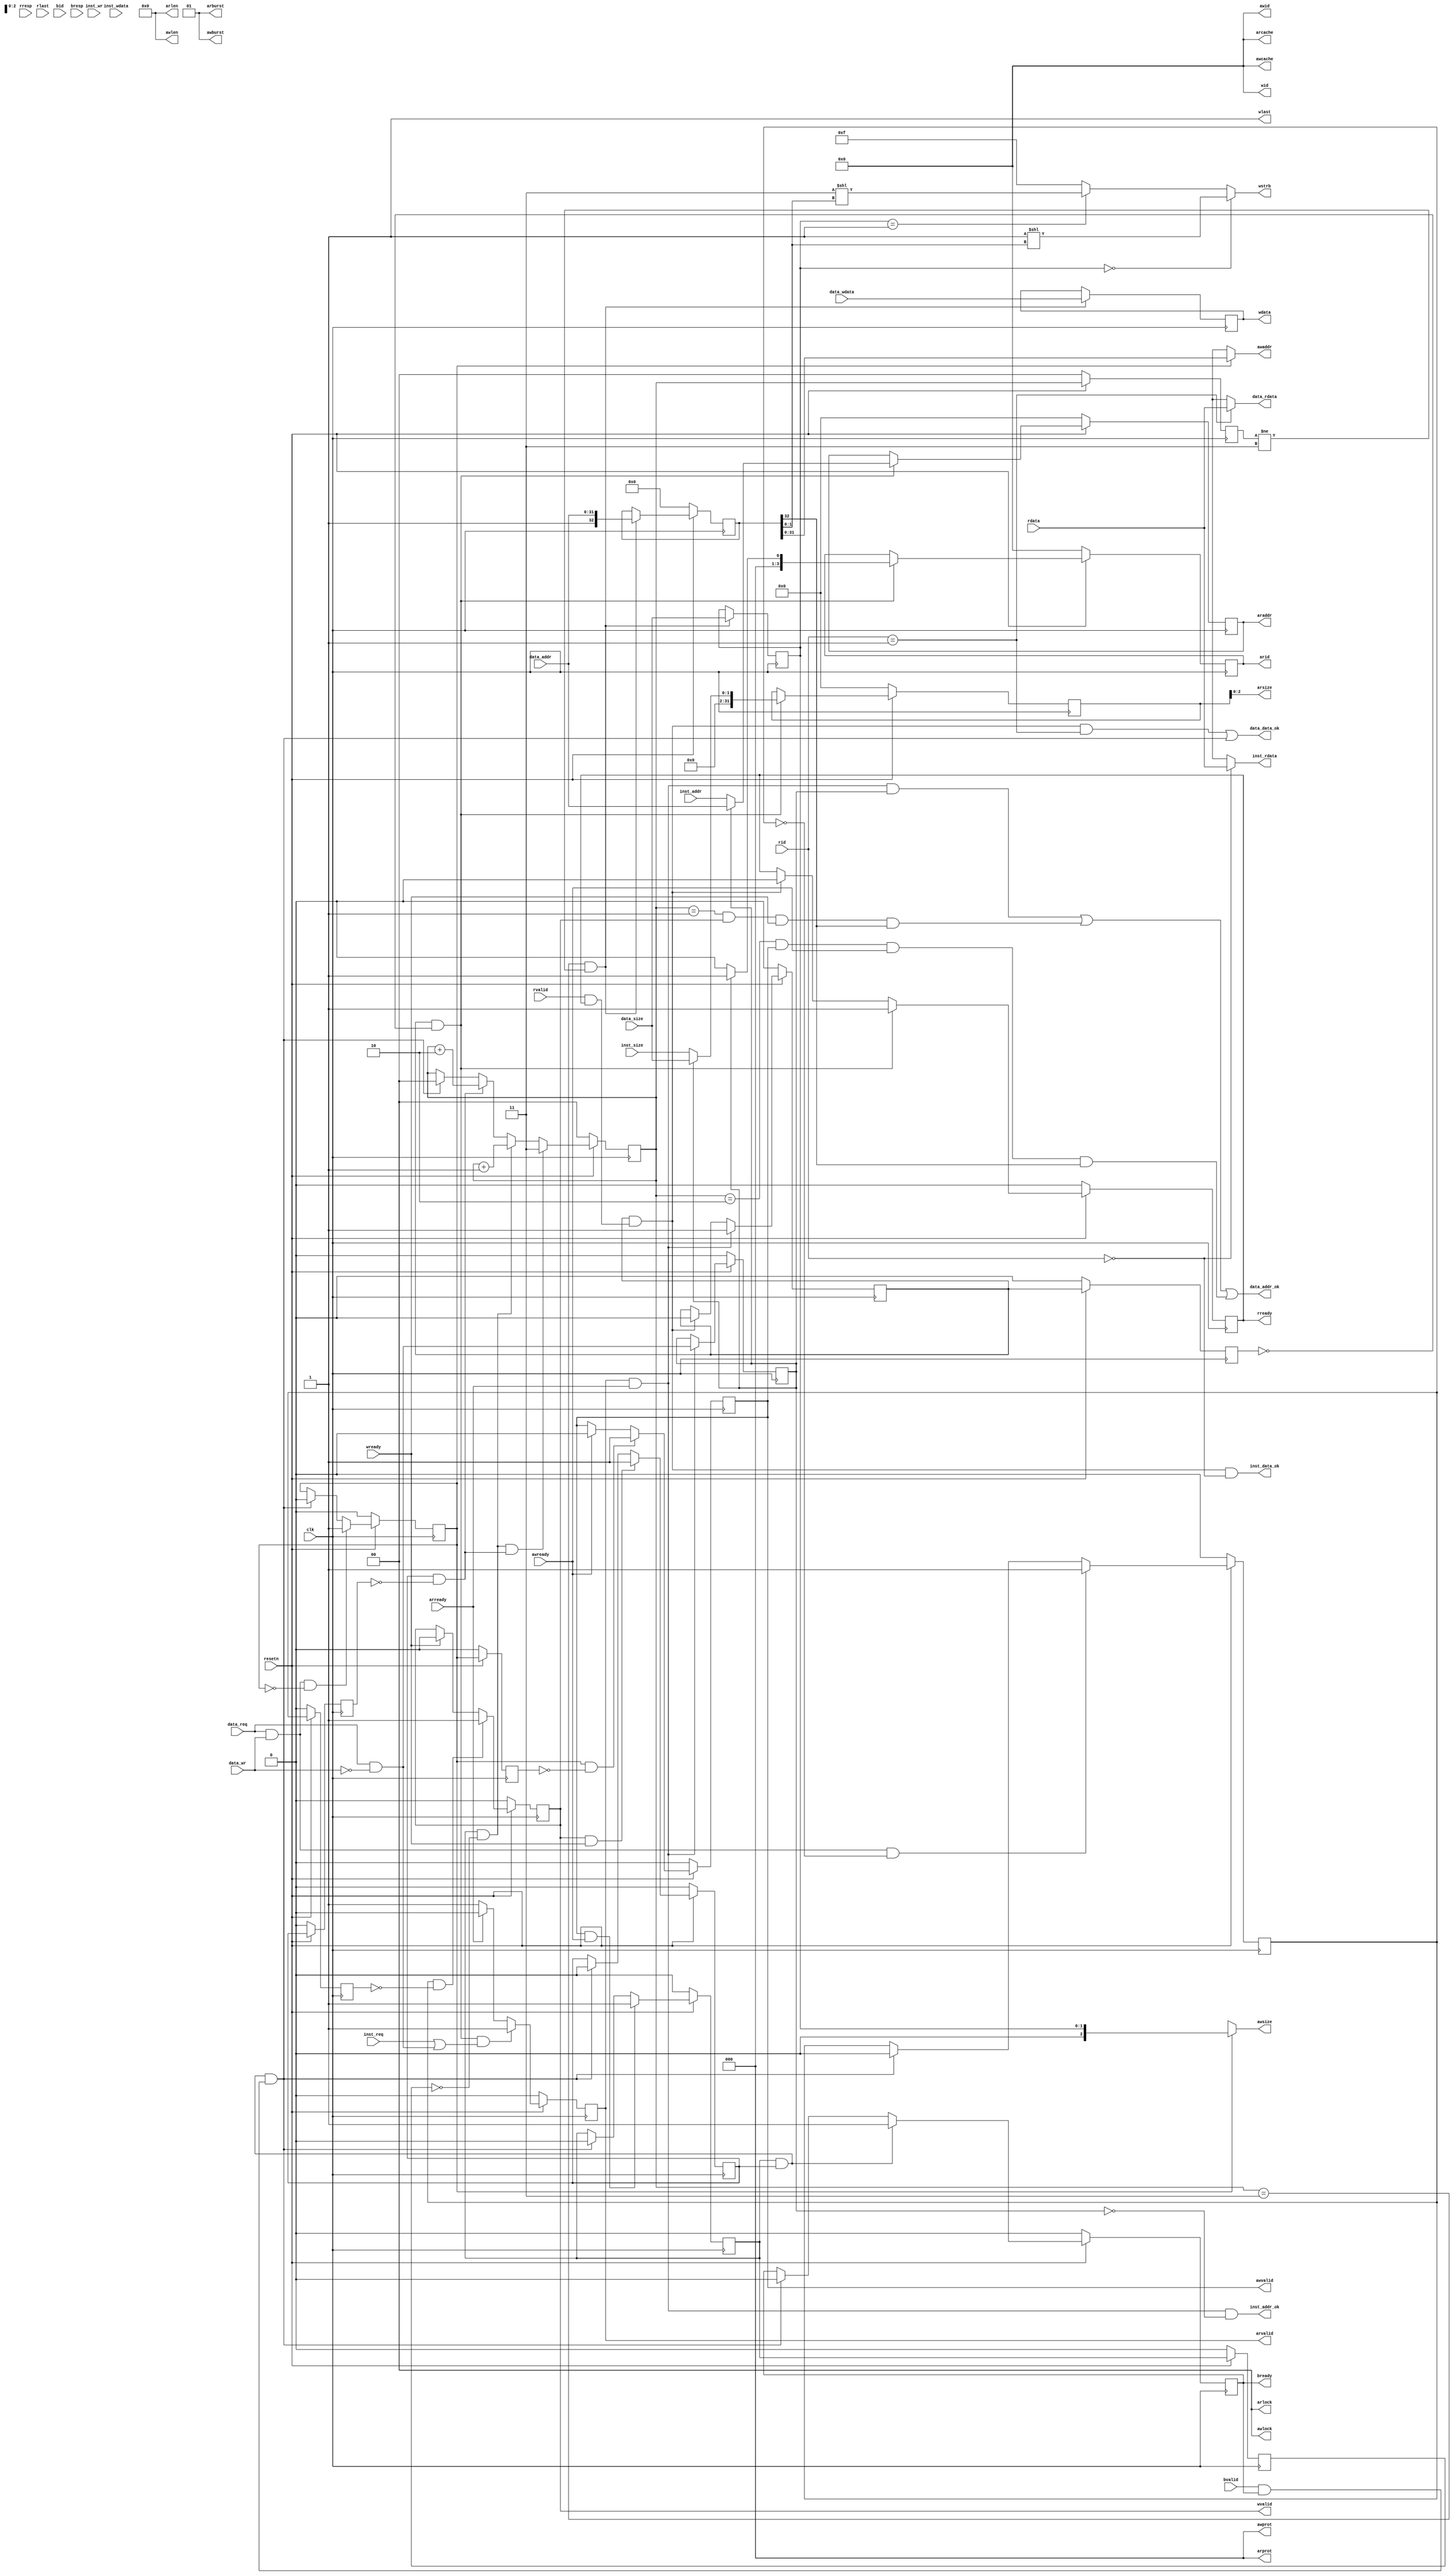
module cpu_axi_interface(
    input          clk,
    input          resetn,

    input          inst_req,
    input          inst_wr,
    input   [ 1:0] inst_size,
    input   [31:0] inst_addr,
    input   [31:0] inst_wdata,
    output  [31:0] inst_rdata,
    output         inst_addr_ok,
    output         inst_data_ok,

    input          data_req,
    input          data_wr,
    input   [ 1:0] data_size,
    input   [31:0] data_addr,
    input   [31:0] data_wdata,
    output  [31:0] data_rdata,
    output         data_addr_ok,
    output         data_data_ok,

    output  [ 3:0] arid,       //1'b0
    output  [31:0] araddr,
    output  [ 7:0] arlen,      //1'b0
    output  [ 2:0] arsize,
    output  [ 1:0] arburst,    //2'b01
    output  [ 1:0] arlock,     //1'b0
    output  [ 3:0] arcache,    //1'b0
    output  [ 2:0] arprot,     //1'b0
    output  reg    arvalid,    //To slave
    input          arready,    //From slave

    input   [ 3:0] rid,        //Can be ignored
    input   [31:0] rdata,
    input   [ 1:0] rresp,      //Can be ignored
    input          rlast,      //Can be ignored
    input          rvalid,     //From slave
    output  reg    rready,     //To slave

    output  [ 3:0] awid,       //1'b0
    output  [31:0] awaddr,
    output  [ 7:0] awlen,      //1'b0
    output  [ 2:0] awsize,
    output  [ 1:0] awburst,    //2'b01
    output  [ 1:0] awlock,     //1'b0
    output  [ 3:0] awcache,    //1'b0
    output  [ 2:0] awprot,     //1'b0
    output  reg    awvalid,    //To slave
    input          awready,    //From slave

    output  [ 3:0] wid,        //1'b0
    output  [31:0] wdata,
    output  [ 3:0] wstrb,
    output         wlast,      //1'b1
    output  reg    wvalid,     //To slave
    input          wready,     //From slave

    input   [ 3:0] bid,        //Can be ignored
    input   [ 1:0] bresp,      //Can be ignored
    input          bvalid,     //From slave
    output  reg    bready      //To slave
);    


//    assign arid    = 4'd0;



    


//    reg        do_req_raddr;
    reg        do_req_raddr_or; //Read from data_sram or not
    reg [ 3:0] do_arid;         //Current arid
    reg [31:0] do_araddr;       //Current araddr
    reg [31:0] do_arsize;       //Current arsize
    reg  r_addr_rcv;            //Read address received by slave and read data haven't returned, one cycle after handshake.
    reg  r_addr_rcv_r;
    wire r_data_back;           //Read data returns, goes high as soon as handshake occurs in r_channel
    wire r_addr_rcv_pos;        //Postive edge of r_addr_rcv


    reg  do_req_waddr;          //Doing request of write address, goes down when write address received.
    reg  do_req_waddr_r;
    wire do_req_waddr_pos;
    reg  do_req_wdata;          //Doing request of write data, goes down when write data received.
    reg  do_req_wdata_r;
    wire do_req_wdata_pos;
    reg  w_addr_rcv;            //Write address received by slave and write response haven't returned, one cycle after handshake in aw_channel.
    reg  w_data_rcv;            //Write data received by slave and write response haven't returned, one cycle after handshake in w_channel.
    wire w_data_back;           //Write response returns, goes high as soon as handshake occurs in b_channel.

    reg [31:0] do_wdata_r;      //Current write data.  
    reg [32:0] do_waddr_r;      //Current write address, highest bit indicates the validity of the address
    reg [ 1:0] do_dsize_r;      //Current write size.

    reg [ 1:0] data_in_ready;   //Indicates whether aw_channel and w_channel is ready, the lower bit standing for waddr and the higher bit standing for wdata
    reg [ 1:0] data_in_ready_r; //Used for data_in_ready_pos
    wire data_in_ready_pos;     //Positive edge of data_in_ready, goes high in the cycle when data_in_ready achieves 2'b11

    reg  w_addr_rcv_r;
    reg  w_data_rcv_r;
    wire w_addr_rcv_pos;        //Positive edge of w_addr_rcv
    wire w_data_rcv_pos;        //Positive edge of w_data_rcv


    assign inst_addr_ok  = arvalid&&arready && !do_req_raddr_or;
    assign data_addr_ok  = arvalid&&arready &&  do_req_raddr_or ||
                           data_in_ready==2'b01 && wvalid&&wready   && do_waddr_r[32] ||
                           data_in_ready==2'b10 && awvalid&&awready && do_waddr_r[32] ;

    always @ (posedge clk) begin
//        do_req_raddr    <= !resetn                                         ? 1'b0 :
//                           (inst_req||data_req&&!data_wr) && !do_req_raddr ? 1'b1 :
//                           r_addr_rcv_pos                                  ? 1'b0 : do_req_raddr;
        do_req_raddr_or <= !resetn          ? 1'b0 :
                           arready&&arvalid ? (data_req&&!data_wr) : do_req_raddr_or;
        do_arid         <= !resetn        ? 4'd0 :
                           r_addr_rcv_pos ? (do_req_raddr_or ? 4'd1 : 4'd0) : do_arid;              
        do_araddr       <= !resetn        ? 32'd0 :
                           r_addr_rcv_pos ? (do_req_raddr_or ? data_addr : inst_addr) : do_araddr;
        do_arsize       <= !resetn        ? 3'd0 :
                           r_addr_rcv_pos ? (do_req_raddr_or ? data_size : inst_size) : do_arsize;
        arvalid         <= !resetn                                        ? 1'b0 :
                           r_addr_rcv_pos&&(inst_req||data_req&&!data_wr) ? 1'b1 :
                           arready                                        ? 1'b0 : 1'b1;

    end


    
    always @(posedge clk) begin
        r_addr_rcv <= !resetn          ? 1'b0 :
                      arvalid&&arready ? 1'b1 :
                      r_data_back      ? 1'b0 : r_addr_rcv;
        rready     <= !resetn          ? 1'b0 :
                      r_addr_rcv_pos   ? 1'b1 :
                      r_data_back      ? 1'b0 : rready;
    end


    assign r_data_back = r_addr_rcv && (rvalid && rready);




//    reg [32:0] do_waddr_r [0:3];
//    reg [ 3:0] do_dsize_r [0:3];




//    wire [2:0] write_id_n;
//Select awid, wid
//    assign write_id_n = do_waddr_r[0] == 32'hxxxxxxxx ? 3'd0 :
//                        do_waddr_r[1] == 32'hxxxxxxxx ? 3'd1 :
//                        do_waddr_r[2] == 32'hxxxxxxxx ? 3'd2 :
//                        do_waddr_r[3] == 32'hxxxxxxxx ? 3'd3 : 3'd4;

//    wire data_wdata_ready;
//    wire data_waddr_ready;

    always @ (posedge clk) begin
        do_req_waddr     <= !resetn                            ? 1'b0 : 
                            data_req&&data_wr && !do_req_waddr ? 1'b1 :
                            w_data_back                        ? 1'b0 : do_req_waddr;
        do_req_wdata     <= !resetn                            ? 1'b0 :
                            data_req&&data_wr && !do_req_wdata ? 1'b1 :
                            w_data_back                        ? 1'b0 : do_req_wdata;
        do_waddr_r       <= !resetn           ? 33'd0 :
                            data_in_ready_pos ? {1'b1,data_addr} : do_waddr_r;
        do_wdata_r       <= data_in_ready_pos ? data_wdata : do_wdata_r;
        do_dsize_r       <= data_in_ready_pos ? data_size  : do_dsize_r;
        data_in_ready    <= !resetn                        ? 2'b00 :
                            w_addr_rcv_pos&&w_data_rcv_pos ? 2'b11 :
                            w_addr_rcv_pos                 ? data_in_ready + 2'b01 :
                            w_data_rcv_pos                 ? data_in_ready + 2'b10 :
                            w_data_back                    ? 2'b00 : data_in_ready;
        
        awvalid          <= !resetn                                ? 1'b0 :
                            do_req_waddr_pos                       ? 1'b1 :
                            awready                                ? 1'b0 : awvalid;
        wvalid           <= !resetn                                ? 1'b0 :
                            do_req_wdata_pos                       ? 1'b1 :
                            wready                                 ? 1'b0 : wvalid;
//       if (write_id_n==3'd0) begin
//            do_waddr_r[0]
 //       end
    end
    
//    assign data_wdata_ready = wvalid &&wready  && do_req_wdata;
//    assign data_waddr_ready = awvalid&&awready && do_req_waddr;
//    assign awid = write_id_n;
//    assign wid  = write_id_n;

    always @ (posedge clk) begin
        w_addr_rcv <= !resetn            ? 1'b0 :             //slave receives waddr and haven't received wdata.
                      awvalid&&awready   ? 1'b1 :
                      w_data_back        ? 1'b0 : w_addr_rcv; 
        w_data_rcv <= !resetn            ? 1'b0 :             //slave receives wdata and haven't send response
                      wvalid&&wready     ? 1'b1 :
                      w_data_back        ? 1'b0 : w_data_rcv;
        bready     <= !resetn                ? 1'b0 :
                      w_addr_rcv&&w_data_rcv ? 1'b1 :
                      w_data_back            ? 1'b0 : bready;
    end

    assign w_data_back = (w_addr_rcv&&w_data_rcv) && (bvalid && bready);



/////////////////////////////////////////////////////////////////////
//ar_channel
    assign arid   = do_arid;
    assign araddr = do_araddr;
    assign arsize = do_arsize;

    assign arlen   = 8'd0;
    assign arburst = 2'b01; // 2'd0?
    assign arlock  = 2'd0;
    assign arcache = 4'd0;
    assign arprot  = 3'd0;

/////////////////////////////////////////////////////////////////////
//aw_channel
//    assign awvalid = do_req_waddr && !w_addr_rcv; //&& write_id_n!=3'd4;
    assign awaddr  = do_req_waddr ? do_waddr_r[31:0] : 32'hxxxxxxxx;
    assign awsize  = do_req_waddr ? do_dsize_r       : 3'hx;

    assign awid  = 4'd0;
    assign awlen = 8'd0;
    assign awburst = 2'b01; // 2'd0?
    assign awlock  = 2'd0;
    assign awcache = 4'd0;
    assign awprot  = 3'd0;

/////////////////////////////////////////////////////////////////////
//w_channel
    assign wdata = do_wdata_r;
    assign wstrb = do_dsize_r==2'd0 ? 4'b0001<<do_waddr_r[1:0] :
                   do_dsize_r==2'd1 ? 4'b0011<<do_waddr_r[1:0] : 4'b1111;
//    assign wvalid = do_req_wdata && !w_data_rcv;// && write_id_n!=3'd4; // problems here
    assign wid    = 4'd0;
    assign wlast  = 1'b1;



    assign inst_data_ok =  r_data_back && rid==4'd0;                 //Problems here
    assign data_data_ok = (r_data_back && rid==4'd1) || w_data_back; //Problems here
    assign inst_rdata = rid==4'd0 ? rdata : 32'hxxxxxxxx;
    assign data_rdata = rid==4'd1 ? rdata : 32'hxxxxxxxx;

/////////////////////////////////////////////////////////////////////
//All posedges
    always @ (posedge clk) begin
        r_addr_rcv_r    <= !resetn ? 1'b0 : r_addr_rcv;
        data_in_ready_r <= !resetn ? 2'd0 : data_in_ready;
        w_addr_rcv_r    <= !resetn ? 1'b0 : w_addr_rcv;
        w_data_rcv_r    <= !resetn ? 1'b0 : w_data_rcv;
        do_req_waddr_r  <= !resetn ? 1'b0 : do_req_waddr;
        do_req_wdata_r  <= !resetn ? 1'b0 : do_req_wdata;
    end

    assign r_addr_rcv_pos    = r_addr_rcv          & ~r_addr_rcv_r;
    assign data_in_ready_pos = data_in_ready==2'd3 & data_in_ready_r!=2'd3;
    assign w_addr_rcv_pos    = w_addr_rcv          & ~w_addr_rcv_r;
    assign w_data_rcv_pos    = w_data_rcv          & ~w_data_rcv_r;
    assign do_req_waddr_pos  = do_req_waddr        & ~do_req_waddr_r;
    assign do_req_wdata_pos  = do_req_wdata        & ~do_req_wdata_r;

integer wr_cnt;
always @ (posedge clk) begin
    if(!resetn) wr_cnt <= 'd0;
    else if(bvalid&&bready)
        wr_cnt <= wr_cnt + 'd1;
end
 
endmodule